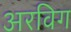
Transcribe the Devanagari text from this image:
अरविग